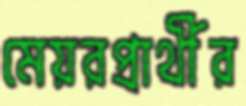
মেয়রপ্রার্থীর